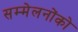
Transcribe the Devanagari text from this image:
सम्मेलनोंको